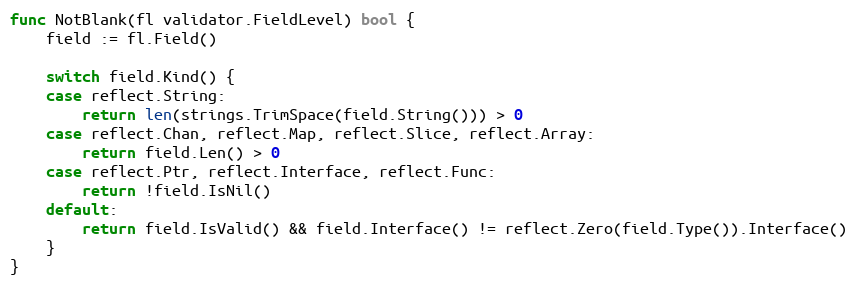
Language: Go
func NotBlank(fl validator.FieldLevel) bool {
	field := fl.Field()

	switch field.Kind() {
	case reflect.String:
		return len(strings.TrimSpace(field.String())) > 0
	case reflect.Chan, reflect.Map, reflect.Slice, reflect.Array:
		return field.Len() > 0
	case reflect.Ptr, reflect.Interface, reflect.Func:
		return !field.IsNil()
	default:
		return field.IsValid() && field.Interface() != reflect.Zero(field.Type()).Interface()
	}
}